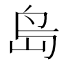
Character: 𡷊